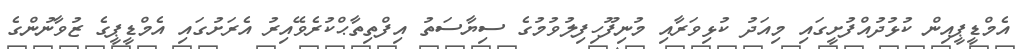
އެމްޑީޕީއިން ކުޅުދުއްފުށީގައި މިއަދު ކުޅިވަރާއި މުނިފޫހިފިލުވުމުގެ ސިޔާސަތު އިފްތިތާޙްކުރެވޭއިރު އެރަށުގައި އެމްޑީޕީގެ ޒުވާނުންގެ